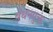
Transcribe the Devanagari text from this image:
बंधनयुक्त